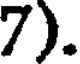
7).